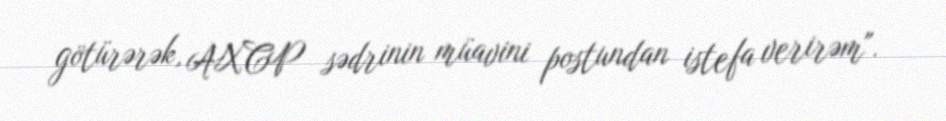
götürərək, AXCP sədrinin müavini postundan istefa verirəm".